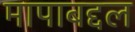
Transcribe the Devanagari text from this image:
मापाबद्दल